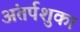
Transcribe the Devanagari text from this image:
अंतर्पशुका